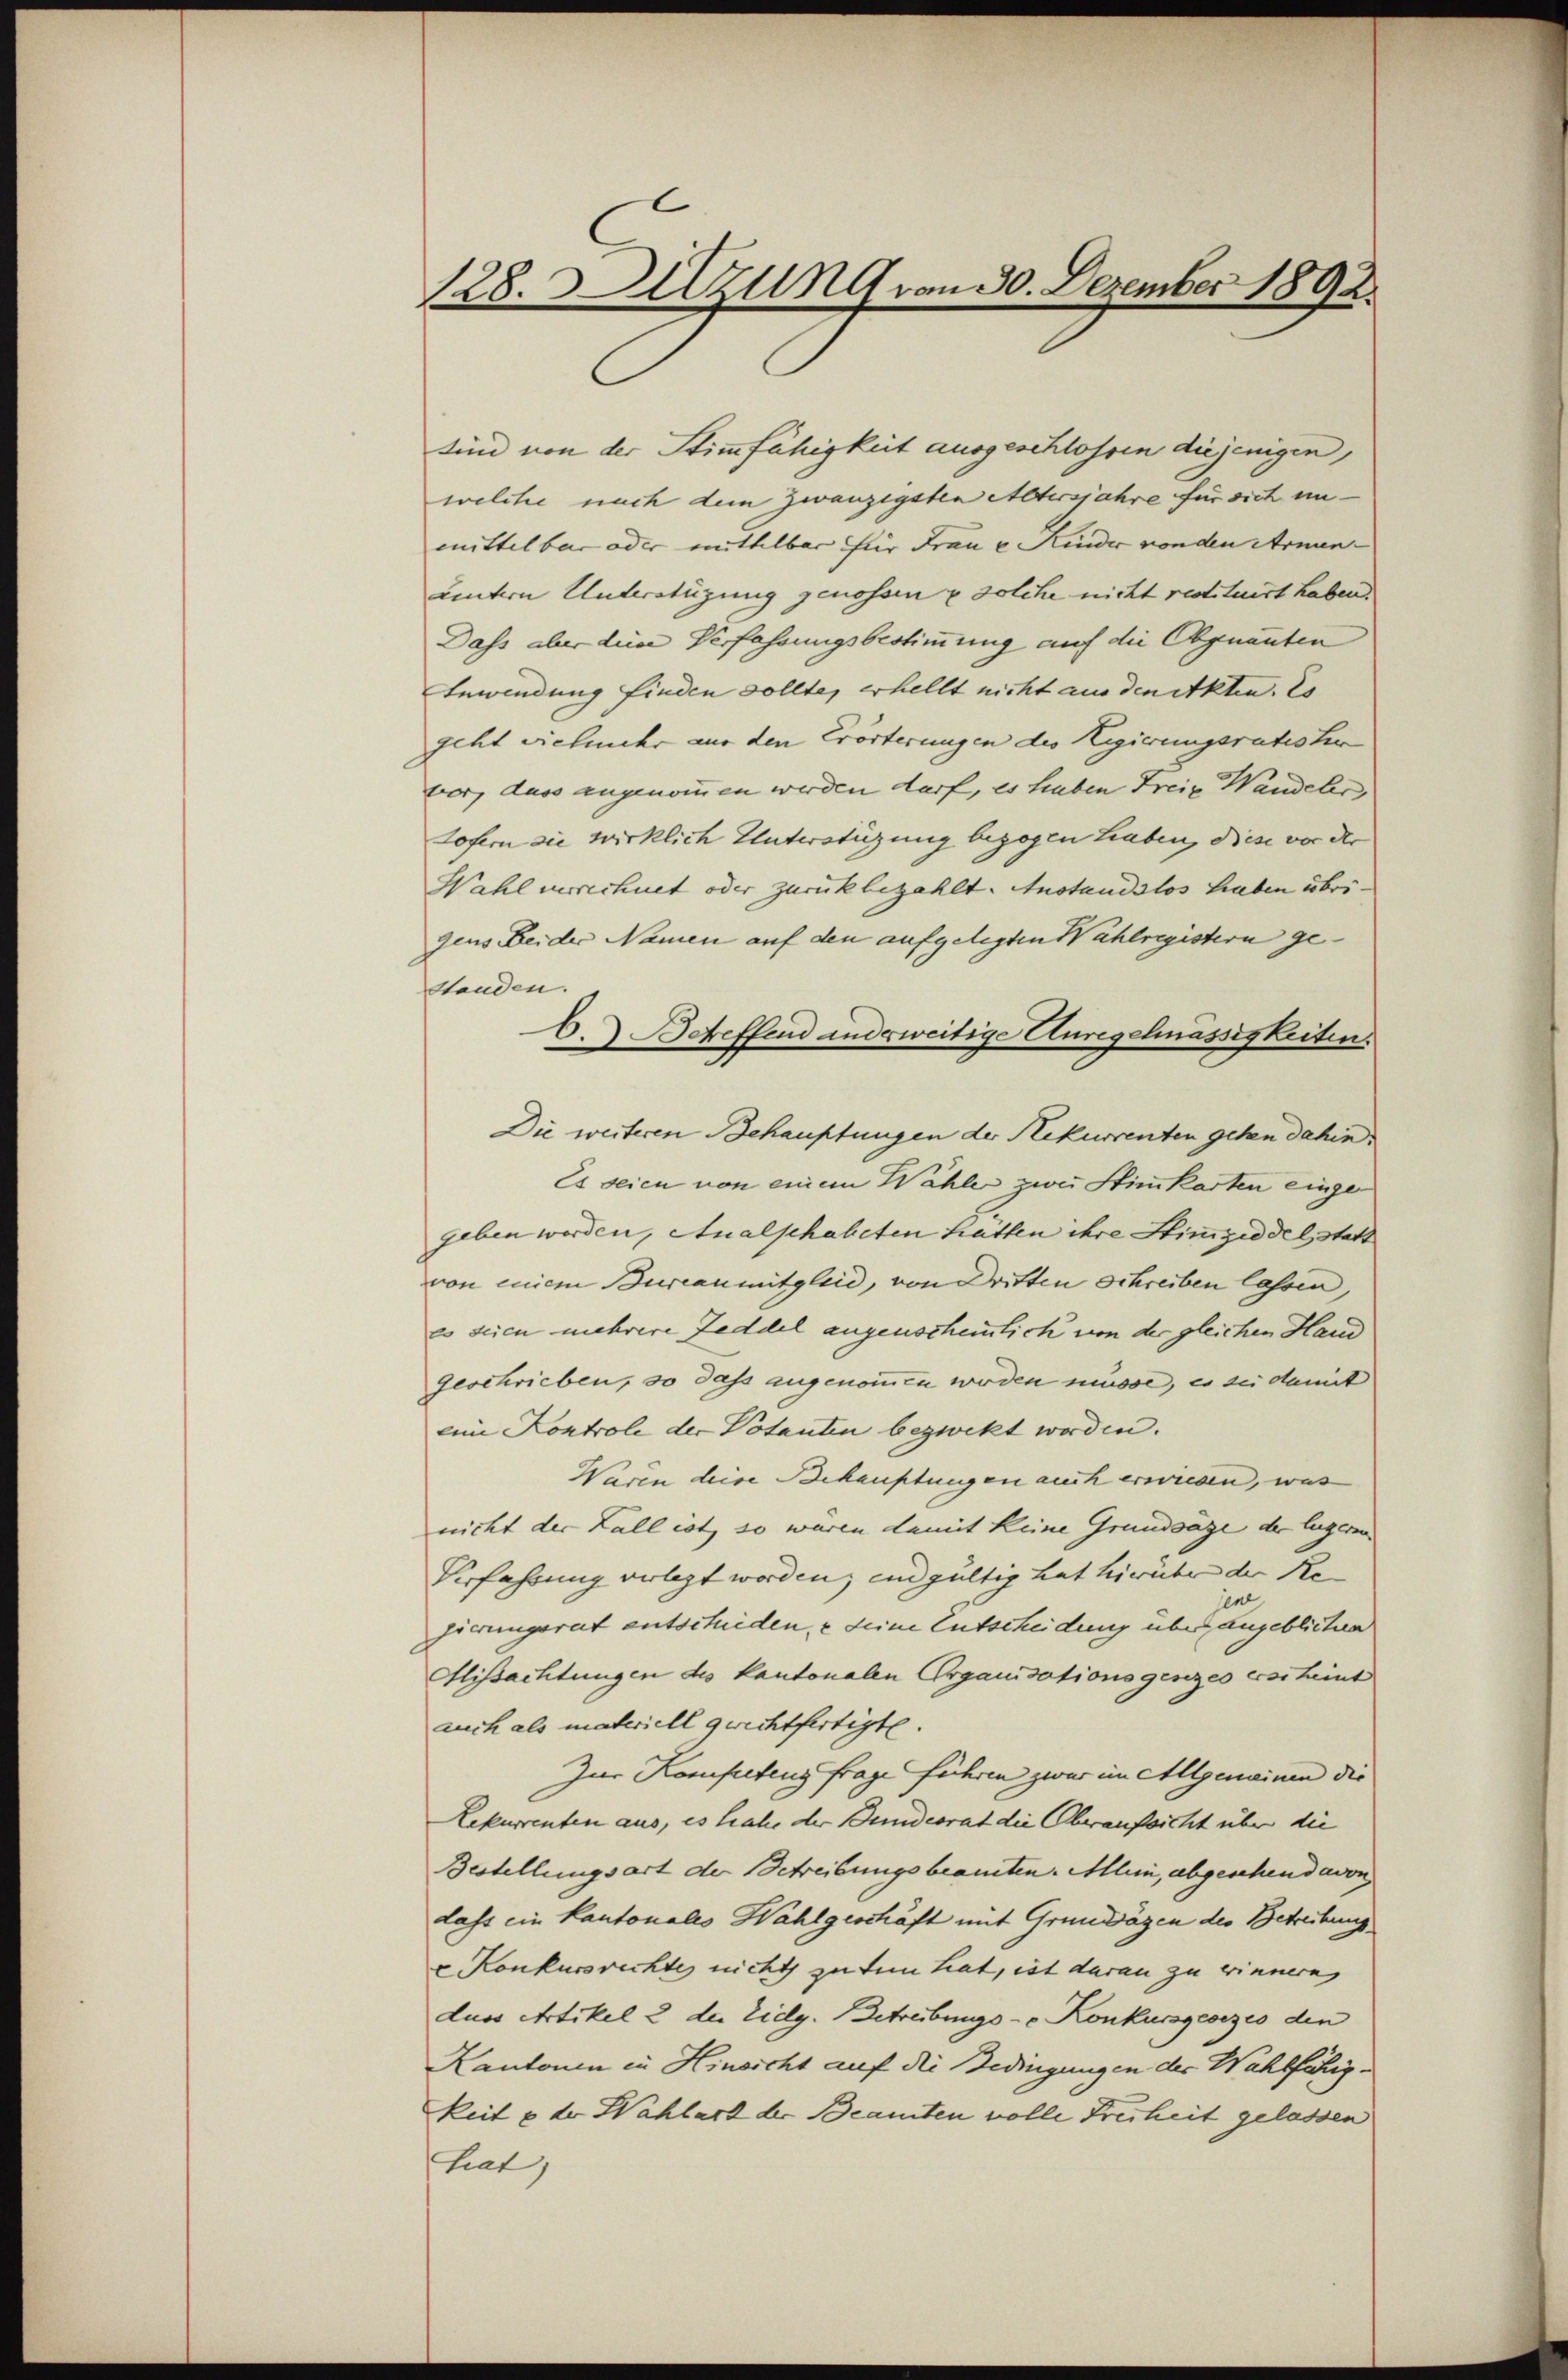
128. Sitzung von 30. Dezember 1892.

sind von der Stimmfähigkeit ausgeschlossen diejenigen,
welche nach dem Zwanzigsten Altersjahre für sich un-
mittelbar oder mittelbar für Frau u. Kinder von den Armenuuntern Unterstüzung genossen & solche nicht restituirt haben.
Dass aber diese Verfassungsbestimmung auf die Obgenanten
Anwendung finden sollte, erhellt nicht aus den Akten. Es
geht vielmehr aus den Erörterungen des Regierungsratister
ber, dass angenommen werden darf, es haben Freie Wandels
Lofern die wirklich Unterstüzung bezogen haben, diese vor der
Wahl verrechnet oder zurückbezahlt. Anstandslos haben übrigens Beider Namen auf den aufgelegten Wahlregistern ge
Standen.
C. Betreffend anderweitige Anregelmässigkeiten.
Die weiteren Behauptungen der Rekurrenten gehen dahin
Es seien von einem Wähler zwei Stimmkarten eingegeben worden, Analphabeten hätten ihre Stimmzeddel, statt
von einem Burcanmitgleid, von Dritten Schreiben lassen,
es seien mehrere Zeddel augenscheinlich von der gleichen Hard
geschrieben, so dass angenommen worden müsse, es sei damit
eine Kontrole der Votanten bezweckt worden.
Waren deise Behauptungen auch erwieden, was
nicht der Fall ist, so waren damit keine Grundsäge der legerin
Verfahrung verlegt worden, und gültig hat hierüber der Re
jene
gierungsrat entschieden, & seine Entscheidung über angeblichen
Mißachtungen des Kantonalen Organisationsgenzes erscheint
auch als materiell gerichtfertigte.
Zur Kompetenz frage führen zwar im Allgemeinen die
Rekurrenten aus, es hiehe der Bundesrat die Oberaufsicht über die
Bestellungsart der Betreibungsbeamten. Allein, abgeschen davon
Lass ein Kantonales Wahlgeschäft mit Grundsägen des Betreibung
 Konkursrechtes nicht zu den hat, ist daran zu erinnern,
duss Artikel 2 der Eidg. Betreibungs- & Konkursgesezes den
Kantonen in Hinsicht auf die Bedingungen der Wahlfähigkeit u. dr Wahlart der Beamten volle Freiheit gelassen
hrat